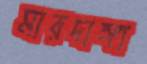
মারদাঙ্গা